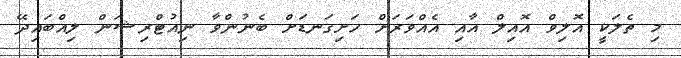
މި ތެލަކީ އޮލިވް އޮއިލް އާއި އެއްވަރަށް ހަށިގަނޑަށް ބެނުންވާ ނިއުޓްރިޝަން ލިއްބައިދޭ